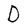
Character: D